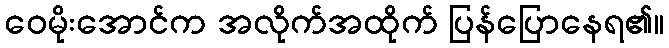
ဝေမိုးအောင်က အလိုက်အထိုက် ပြန်ပြောနေရ၏။